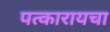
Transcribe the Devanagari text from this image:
पत्कारायचा